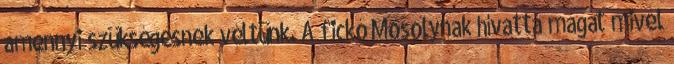
amennyi szükségesnek véltünk. A fickó Mosolynak hívatta magát mivel